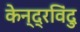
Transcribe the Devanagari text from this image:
केन्द्रविंदु